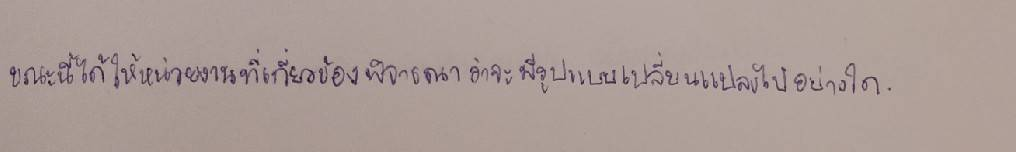
ขณะนี้ได้ให้หน่วยงานที่เกี่ยวข้องพิจารณาว่าจะมีรูปแบบเปลี่ยนแปลงไปอย่างใด